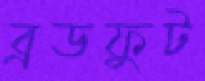
ব্রডফুট